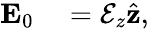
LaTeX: \begin{array}{rl}{\mathbf{E}_{0}}&{{}=\mathcal{E}_{z}\hat{\mathbf{z}},}\end{array}